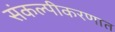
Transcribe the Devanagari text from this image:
संकल्पीकरणात